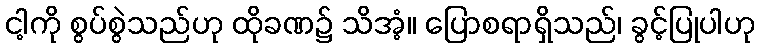
ငါ့ကို စွပ်စွဲသည်ဟု ထိုခဏ၌ သိအံ့။ ပြောစရာရှိသည်၊ ခွင့်ပြုပါဟု